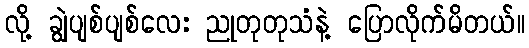
လို့ ချွဲပျစ်ပျစ်လေး ညုတုတုသံနဲ့ ပြောလိုက်မိတယ်။